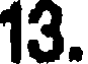
13.